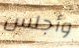
وأجلس